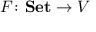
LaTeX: F \colon \mathbf { S e t } \to V